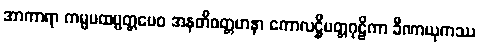
အာကာရာ ကမ္မပထပ္ပတ္တမေဝ အနတိဝတ္တမာနာ ကောလဋ္ဌိမတ္တဂုဠိကာ ခီဏာယုကဿ